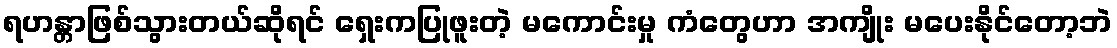
ရဟန္တာဖြစ်သွားတယ်ဆိုရင် ရှေးကပြုဖူးတဲ့ မကောင်းမှု ကံတွေဟာ အကျိုး မပေးနိုင်တော့ဘဲ